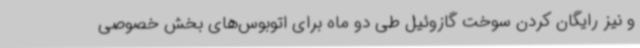
و نیز رایگان کردن سوخت گازوئیل طی دو ماه برای اتوبوس‌های بخش خصوصی